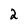
Character: 2